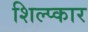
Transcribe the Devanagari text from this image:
शिल्प्कार